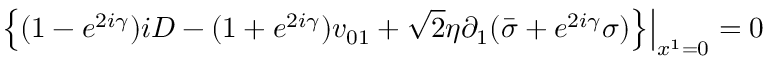
\left. \left\{ ( 1 - e ^ { 2 i \gamma } ) i D - ( 1 + e ^ { 2 i \gamma } ) v _ { 0 1 } + { \sqrt 2 } \eta \partial _ { 1 } ( { \bar { \sigma } } + e ^ { 2 i \gamma } \sigma ) \right\} \right| _ { x ^ { 1 } = 0 } = 0